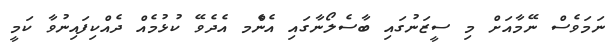
ނަމަވެސް ނޭމާއަށް މި ސީޒަނުގައި ބާސެލޯނާގައި އެންެމ އެދެވޭ ކުޅުމެއް ދެއްކިފައިނުވާ ކަމީ